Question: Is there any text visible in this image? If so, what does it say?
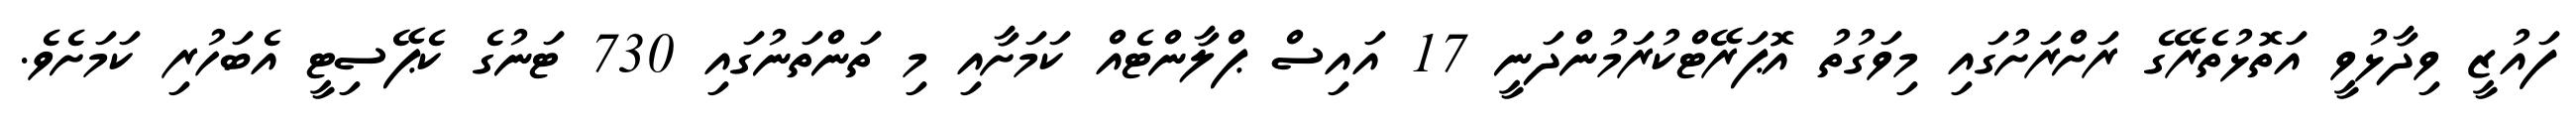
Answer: ފައުޒީ ވިދާޅުވީ އަތޮޅުތެރޭގެ ރަށްރަށުގައި މިވަގުތު އޮޕަރޭޓްކުރަމުންދަނީ 17 އައިސް ޕްލާންޓެއް ކަމަށާއި މި ތަންތަނުގައި 730 ޓަނުގެ ކެޕޭސިޓީ އެބަހުރި ކަމަށެވެ.